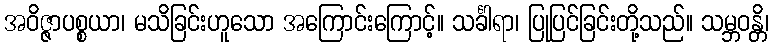
အဝိဇ္ဇာပစ္စယာ၊ မသိခြင်းဟူသော အကြောင်းကြောင့်။ သင်္ခါရာ၊ ပြုပြင်ခြင်းတို့သည်။ သမ္ဘဝန္တိ၊